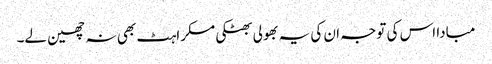
مبادا اس کی توجہ ان کی یہ بھولی بھٹکی مسکراہٹ بھی نہ چھین لے۔